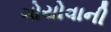
ગોયોવાની